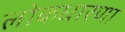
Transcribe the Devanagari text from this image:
लोकधारणा